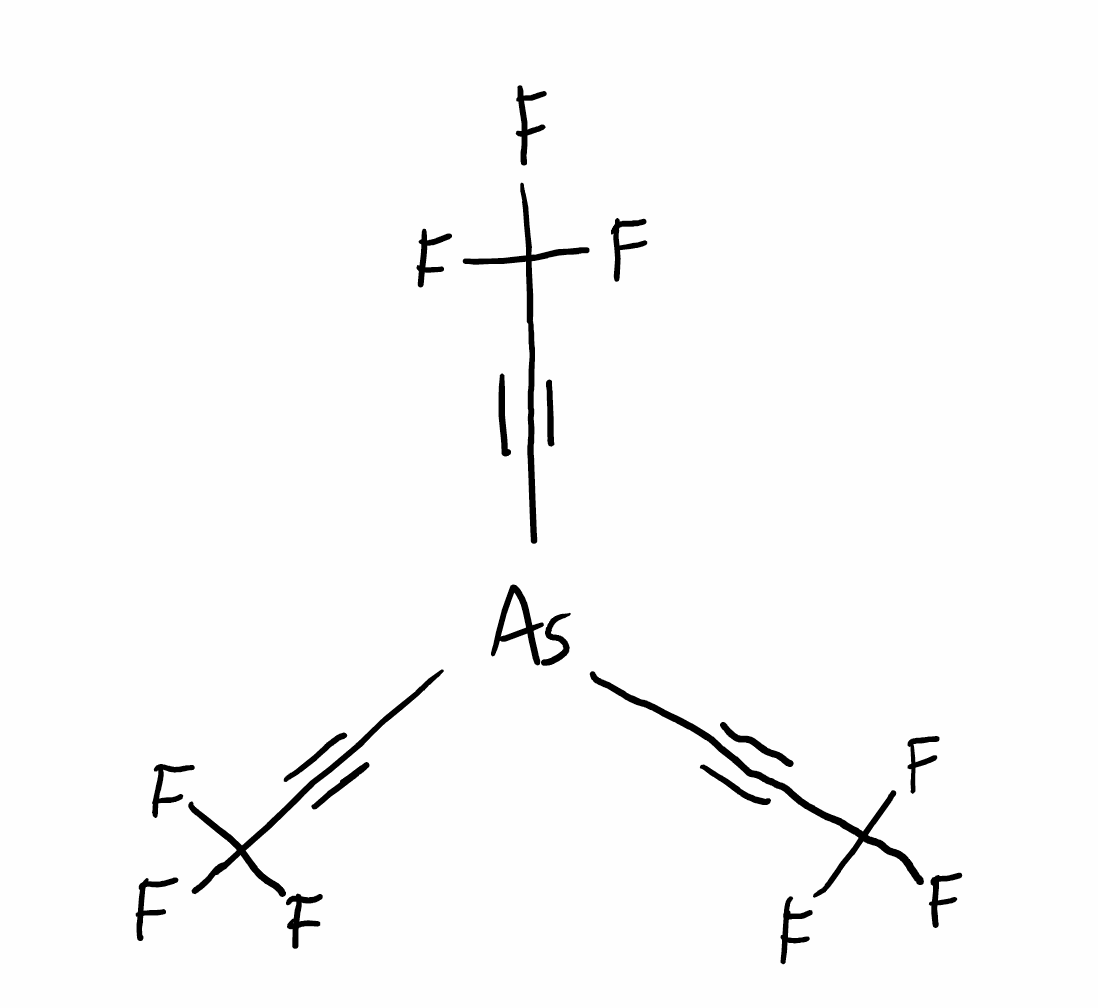
Simplified molecular-input line-entry system (SMILES) notation of the given molecule:
C(#C[As](C#CC(F)(F)F)C#CC(F)(F)F)C(F)(F)F